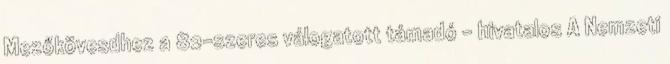
Mezőkövesdhez a 82-szeres válogatott támadó – hivatalos A Nemzeti